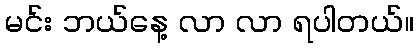
မင်း ဘယ်နေ့ လာ လာ ရပါတယ်။